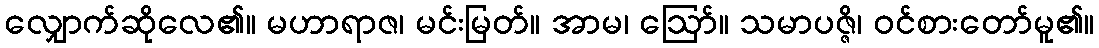
လျှောက်ဆိုလေ၏။ မဟာရာဇ၊ မင်းမြတ်။ အာမ၊ ဩော်။ သမာပဇ္ဇိ၊ ဝင်စားတော်မူ၏။